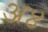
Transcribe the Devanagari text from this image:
अ४